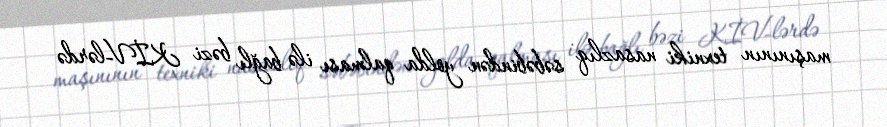
maşınının texniki nasazlıq səbəbindən yolda qalması ilə bağlı bəzi KİV-lərdə